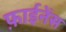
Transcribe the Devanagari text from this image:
फ़ाईनेंस